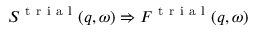
S ^ { \mathrm { ~ t ~ r ~ i ~ a ~ l ~ } } ( q , \omega ) \Rightarrow F ^ { \mathrm { ~ t ~ r ~ i ~ a ~ l ~ } } ( q , \omega )